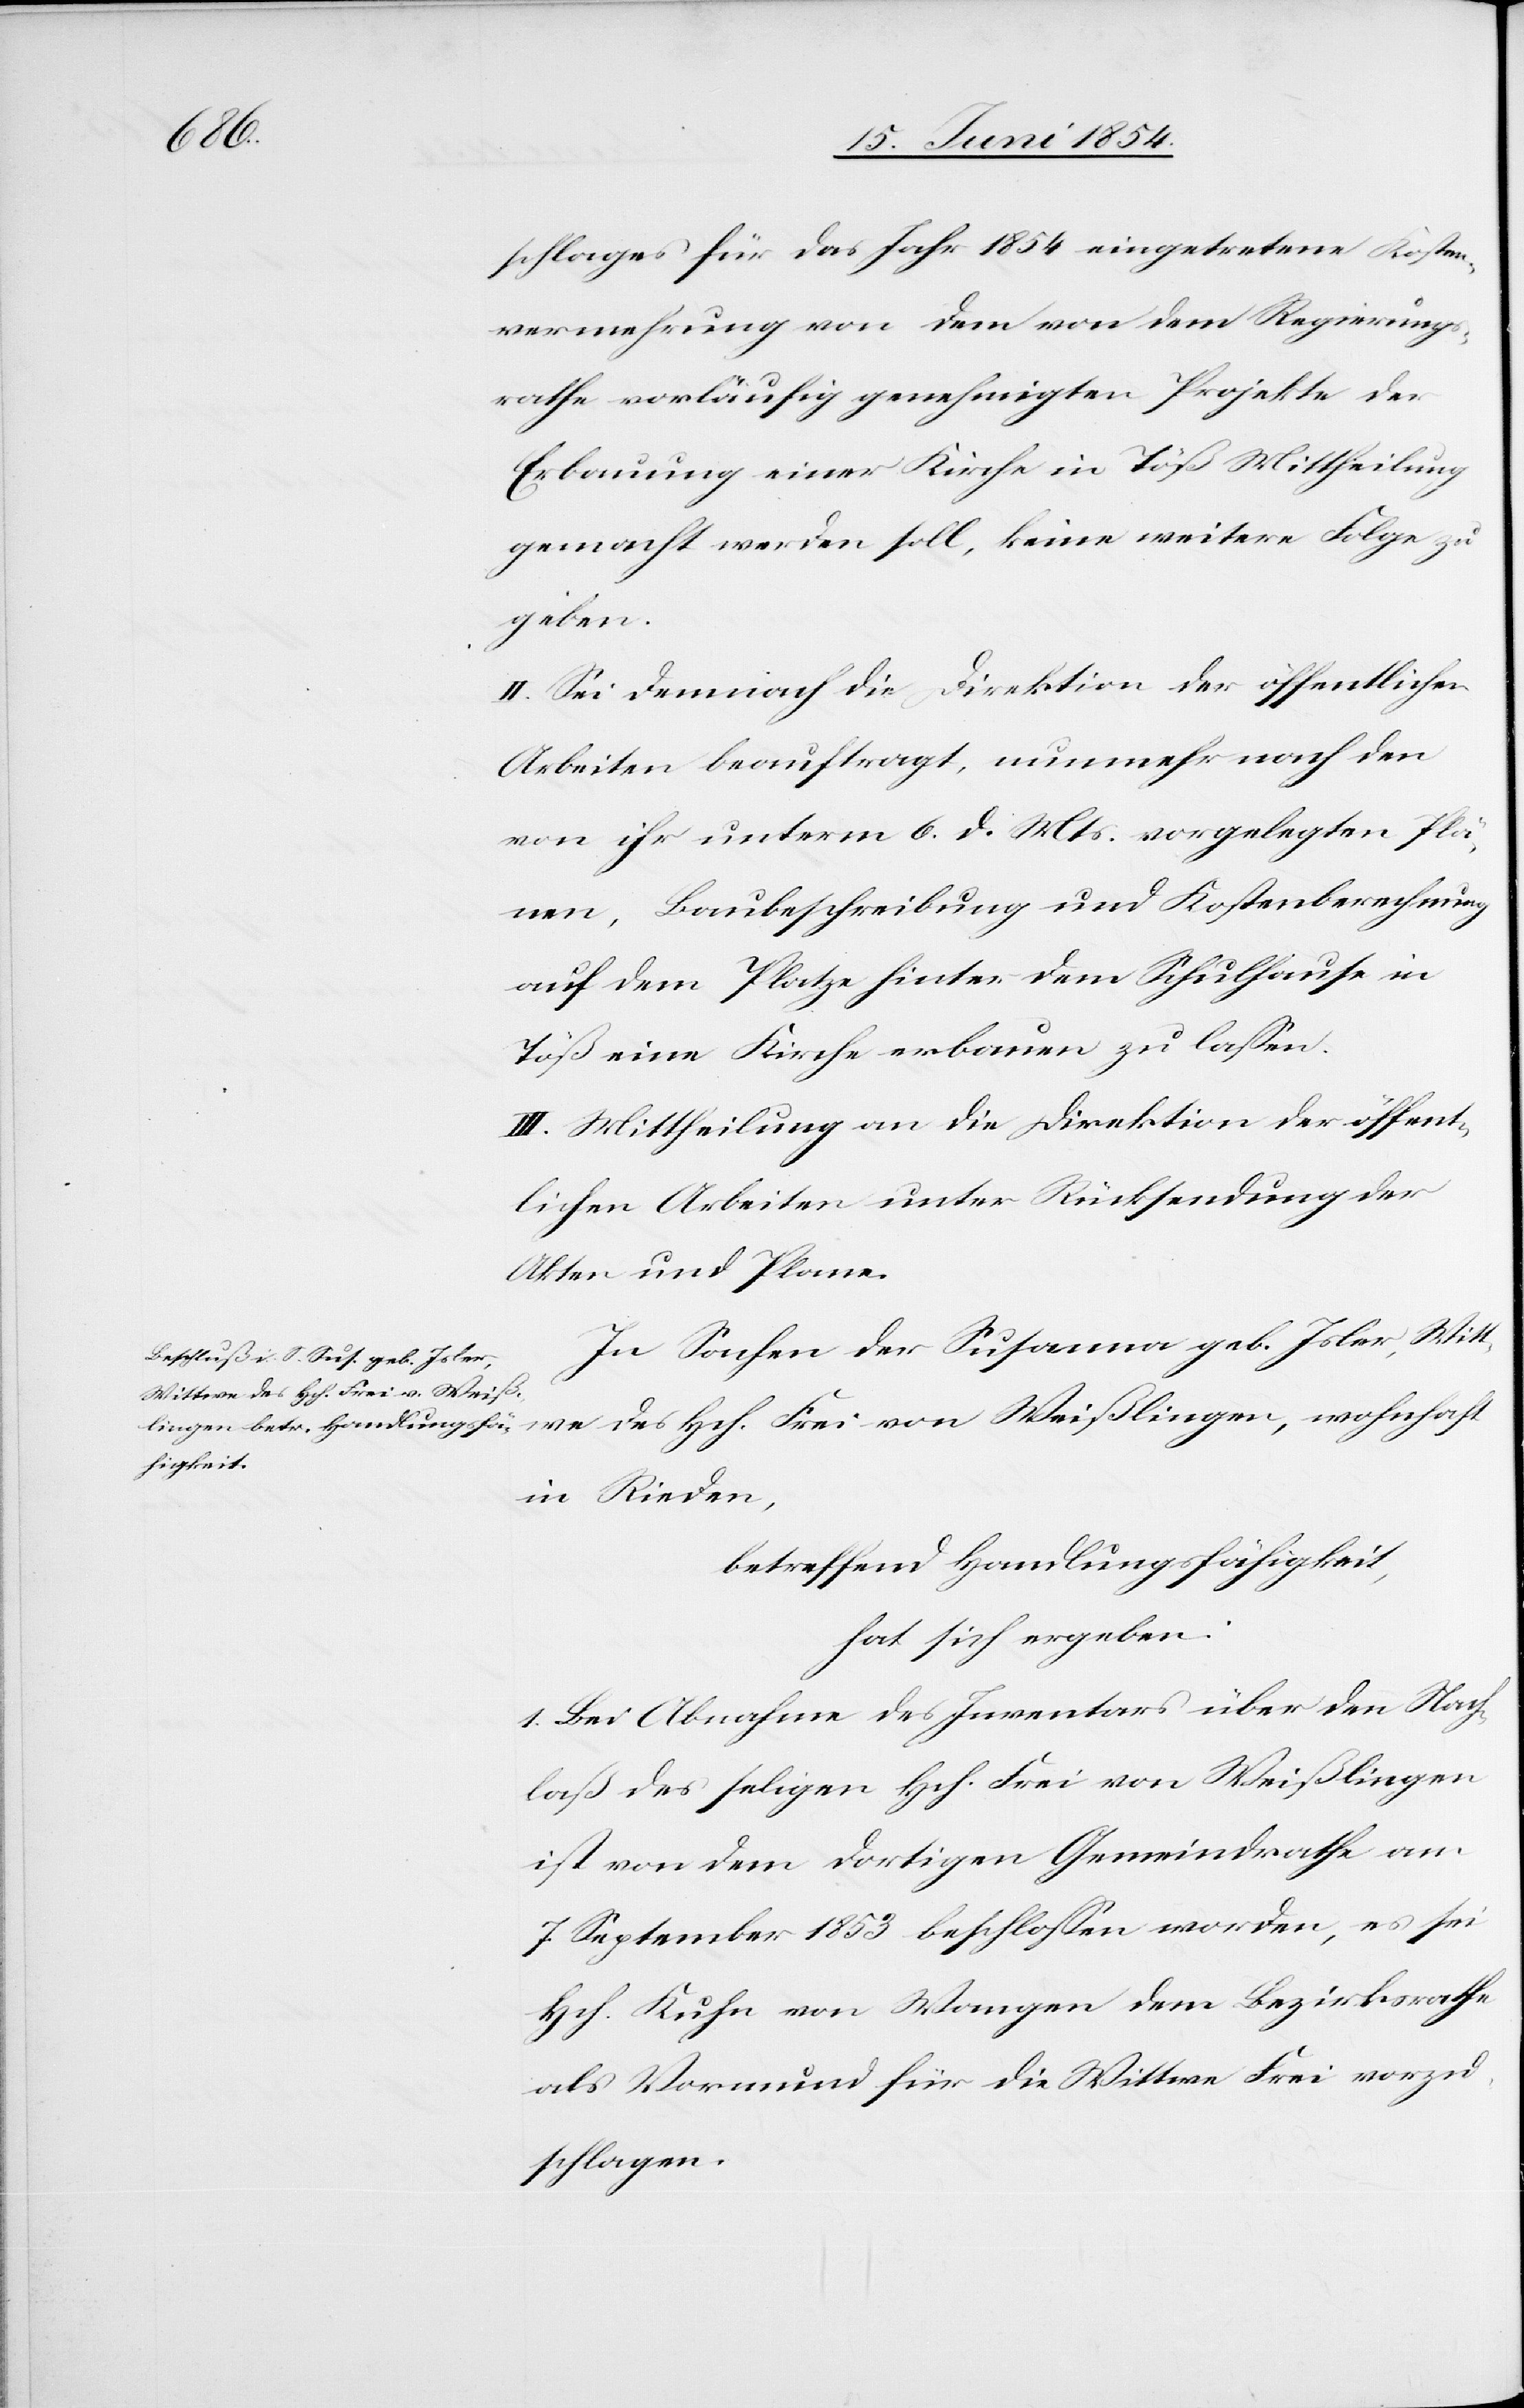
schlages für das Jahr 1854 eingetretene Kosten¬
vermehrung von dem von dem Regierungs¬
rathe vorläufig genehmigten Projekte der
Erbauung einer Kirche in Töß Mittheilung
gemacht werden soll, keine weiter Folge zu
ngen,
II. Sei demnach die Direktion der öffentlichen
Arbeiten beauftragt, nunmehr nach den
von ihr unterm 6. d. Mts. vorgelegten Plä¬
nen, Baubeschreibung und Kostenberechnung
auf dem Platze hinter dem Schulhause in
Töß eine Kirche erbauen zu laßen.
III. Mittheilung an die Direktion der öffent¬
lichen Arbeiten unter Rücksendung der
Akten und Plane.
In Sachen der Susanna geb. Isler, W¬
ittwe des Hch. Frei von Weißli¬
in Rieden,
betreffend Handlungsfähigkeit,
hat sich ergeben:
1. Bei Abnahme des Inventars über den Nach¬
laß des seligen Hch. Frei von Weißlingen
ist von dem dortigen Gemeindrathe am
7. September 1853 beschloßen worden, es sei
Hch. Kuhn von Wangen dem Bezirksrathe
als Vormund für die Wittwe Frei vorzu¬
schlagen.